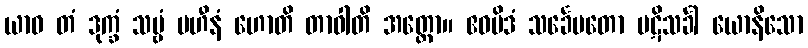
ယာဝ တံ ဒုက္ခံ သဗ္ဗံ ပဟီနံ ဟောတိ တာဝါတိ အတ္ထော။ ဧဝမိဒံ သင်္ခေပတော ပဋိသင်္ခါ ယောနိသော